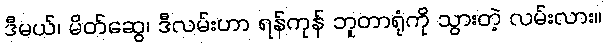
ဒီမယ်၊ မိတ်ဆွေ၊ ဒီလမ်းဟာ ရန်ကုန် ဘူတာရုံကို သွားတဲ့ လမ်းလား။